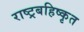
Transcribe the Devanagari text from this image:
राष्ट्रबहिष्कृत